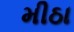
મીઠા